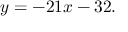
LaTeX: y = - 2 1 x - 3 2 .